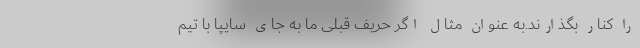
را کنار بگذارند.به عنوان مثال اگر حریف قبلی ما به جای سایپا با تیم